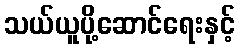
သယ်ယူပို့ဆောင်ရေးနှင့်